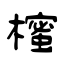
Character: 櫁